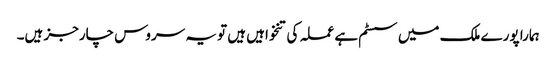
ہمارا پورے ملک میں سسٹم ہے عملہ کی تنخواہیں ہیں تو یہ سروس چارجز ہیں۔